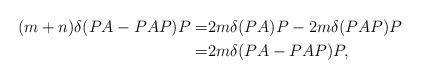
LaTeX: \begin{align*}(m+n)\delta(PA-PAP)P=&2m\delta(PA)P-2m\delta(PAP)P\\=&2m\delta(PA-PAP)P, \end{align*}